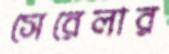
সেরেলার